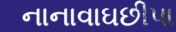
નાનાવાઘછીપા